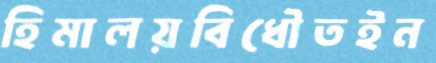
হিমালয়বিধৌতইন